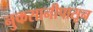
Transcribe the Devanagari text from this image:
नुकसानीपासून